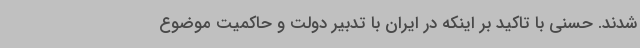
شدند. حسنی با تاکید بر اینکه در ایران با تدبیر دولت و حاکمیت موضوع